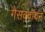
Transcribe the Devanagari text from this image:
गैसक्वॉयन